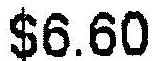
$6.60